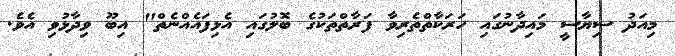
މިއަދު ސިޔާސީ މައިދާނުގައި ހަރަކާތްތެރިވާ ފަރާތްތަކުގެ ބޮލުގައި އެޅިފައެއްނެތް" އިބޫ ވިދާޅުވި އެވެ.